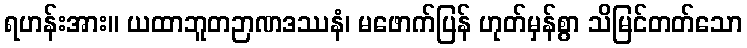
ရဟန်းအား။ ယထာဘူတဉာဏဒဿနံ၊ မဖောက်ပြန် ဟုတ်မှန်စွာ သိမြင်တတ်သော